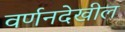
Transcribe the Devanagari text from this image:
वर्णनदेखील